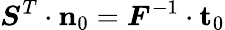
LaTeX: {\boldsymbol{S}}^{T}\cdot\mathbf{n}_{0}={\boldsymbol{F}}^{-1}\cdot\mathbf{t}_{0}